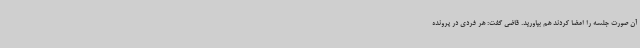
آن صورت جلسه را امضا کردند هم بیاورید. قاضی گفت: هر فردی در پرونده